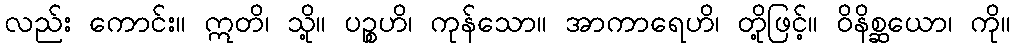
လည်း ကောင်း။ ဣတိ၊ သို့။ ပဉ္စဟိ၊ ကုန်သော။ အာကာရေဟိ၊ တို့ဖြင့်။ ဝိနိစ္ဆယော၊ ကို။